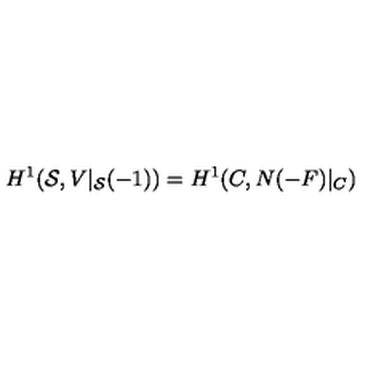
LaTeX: H ^ { 1 } ( { \cal S } , V | _ { { \cal S } } ( - 1 ) ) = H ^ { 1 } ( C , N ( - F ) | _ { C } )